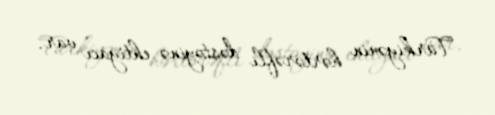
Türkiyənin hərtərəfli dəstəyinə ehtiyacı var.